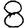
Digit: 8